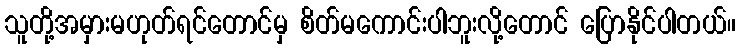
သူတို့အမှားမဟုတ်ရင်တောင်မှ စိတ်မကောင်းပါဘူးလို့တောင် ပြောနိုင်ပါတယ်။